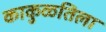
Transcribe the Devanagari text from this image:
काकुळतिला